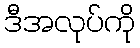
ဒီအလုပ်ကို